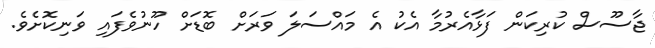
ޖާސޫސް ކުރިކަން ފަޅާާއެރުމާ އެކު އެ މައްސަލަ ވަރަށް ބޮޑަށް ހޫނުވެފައި ވަނިކޮށެވެ.